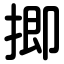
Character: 揤